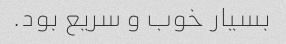
بسیار خوب و سریع بود.